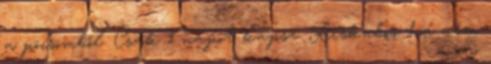
a pöcsömből. Csak 1 napot kapsz. Kiskabos: ha nem